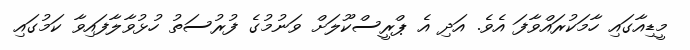
މީޑިއާގައި ހާމަކުރައްވާފަ އެވެ. އަދި އެ ޕްރީސްކޫލަށް ވަނުމުގެ ފުރުސަތު ހުޅުވާލާފައިވާ ކަމުގައި